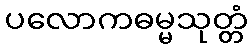
ပလောကဓမ္မသုတ္တံ